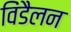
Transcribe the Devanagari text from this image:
विंडैलन